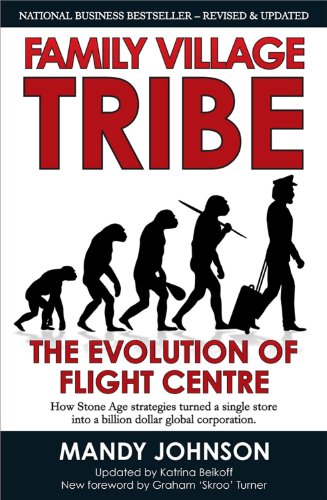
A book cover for Family Village Tribe: The Evolution of Flight Centre; Mandy Johnson; Travel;